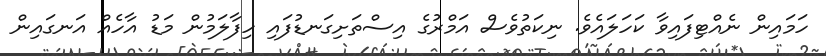
ހަމައިން ނެއްޓިފައިވާ ކަހަލައެވެ. ނިކަތުވެސް އަމްރުގެ އިސްތަށިގަނޑުފައި ހިފާލަމުން މަޑު އާހެއް އަނގައިން